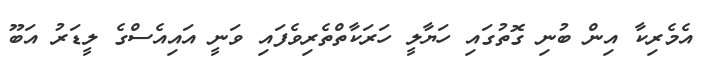
އެމެރިކާ އިން ބުނި ގޮތުގައި ހަޔާލީ ހަރަކާތްތެރިވެފައި ވަނީ އައިއެސްގެ ލީޑަރު އަބޫ